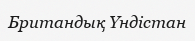
Британдық Үндістан